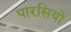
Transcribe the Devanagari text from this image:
पारसियो